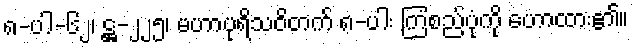
၈-ပါ-၆၂၊ ဋ္ဌ-၂၂၅၊ မဟာပုရိသဝိတက် ၈-ပါး ကြံစည်ပုံကို ဟောထား၏။